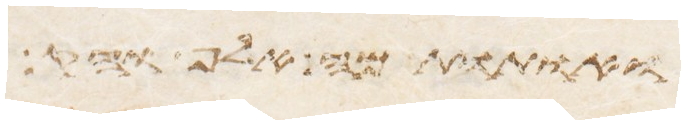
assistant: את דמה אל הקדש